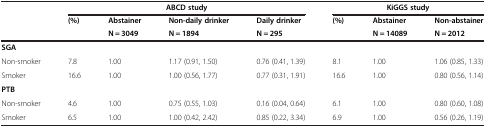
<table><thead><tr><td rowspan="3"><b> </b></td><td colspan="4"><b>ABCD study</b></td><td colspan="2"><b>KiGGS study</b></td><td><b> </b></td></tr><tr><td rowspan="2"><b>(%)</b></td><td><b>Abstainer</b></td><td><b>Non-daily drinker</b></td><td><b>Daily drinker</b></td><td><b>(%)</b></td><td><b>Abstainer</b></td><td><b>Non-abstainer</b></td></tr><tr><td><b>N = 3049</b></td><td><b>N = 1894</b></td><td><b>N = 295</b></td><td><b> </b></td><td><b>N = 14089</b></td><td><b>N = 2012</b></td></tr></thead><tbody><tr><td><b>SGA</b></td><td> </td><td> </td><td> </td><td> </td><td> </td><td> </td><td> </td></tr><tr><td>Non-smoker</td><td>7.8</td><td>1.00</td><td>1.17 (0.91, 1.50)</td><td>0.76 (0.41, 1.39)</td><td>8.1</td><td>1.00</td><td>1.06 (0.85, 1.33)</td></tr><tr><td>Smoker</td><td>16.6</td><td>1.00</td><td>1.00 (0.56, 1.77)</td><td>0.77 (0.31, 1.91)</td><td>16.6</td><td>1.00</td><td>0.80 (0.56, 1.14)</td></tr><tr><td><b>PTB</b></td><td> </td><td> </td><td> </td><td> </td><td> </td><td> </td><td> </td></tr><tr><td>Non-smoker</td><td>4.6</td><td>1.00</td><td>0.75 (0.55, 1.03)</td><td>0.16 (0.04, 0.64)</td><td>6.1</td><td>1.00</td><td>0.80 (0.60, 1.08)</td></tr><tr><td>Smoker</td><td>6.5</td><td>1.00</td><td>1.00 (0.42, 2.42)</td><td>0.85 (0.22, 3.34)</td><td>6.9</td><td>1.00</td><td>0.56 (0.26, 1.19)</td></tr></tbody></table>